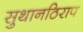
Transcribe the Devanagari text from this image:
सुथानठिराप